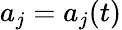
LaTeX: a_{j}=a_{j}(t)